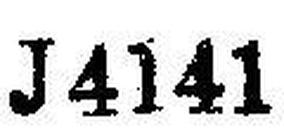
J4141